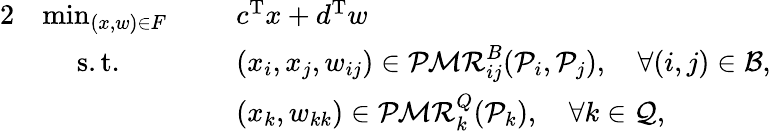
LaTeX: \begin{array}{rlrl}{{2}}&{\operatorname*{min}_{(x,w)\in F}\: \: }&&{c^{\textup{T}}x+d^{\textup{T}}w}\\ &{\quad\: \mathrm{s.t.}}&&{(x_{i},x_{j},w_{ij})\in\mathcal{PMR}_{ij}^{B}(\mathcal{P}_{i},\mathcal{P}_{j}),\quad\forall(i,j)\in\mathcal{B},}\\ &{}&&{(x_{k},w_{kk})\in\mathcal{PMR}_{k}^{Q}(\mathcal{P}_{k}),\quad\forall k\in\mathcal{Q},}\end{array}